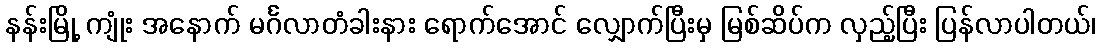
နန်းမြို့ ကျုံး အနောက် မင်္ဂလာတံခါးနား ရောက်အောင် လျှောက်ပြီးမှ မြစ်ဆိပ်က လှည့်ပြီး ပြန်လာပါတယ်၊